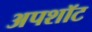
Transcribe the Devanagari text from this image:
अपशॉट